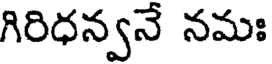
గిరిధన్వనే నమః